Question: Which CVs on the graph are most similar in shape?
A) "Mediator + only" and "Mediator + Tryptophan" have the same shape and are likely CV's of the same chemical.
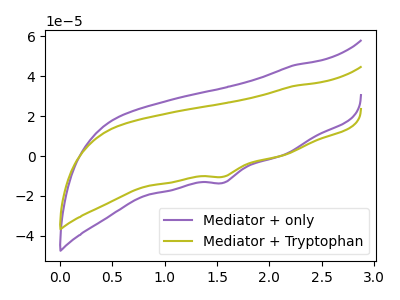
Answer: <think>The purple curve "Mediator + only" has a cathodic peak at: (1.55V, -13.35uA). The olive curve "Mediator + Tryptophan" has a cathodic peak at: (1.55V, -10.30uA).
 All the peaks in "Mediator + only" have a peak in "Mediator + Tryptophan" at the same potential. Every peak in "Mediator + only" is higher than every peak in "Mediator + Tryptophan".</think>
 <answer>A) "Mediator + only" and "Mediator + Tryptophan" have the same shape and are likely CV's of the same chemical.</answer>
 <eval>A</eval>